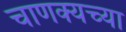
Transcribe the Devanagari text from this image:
चाणक्यच्या